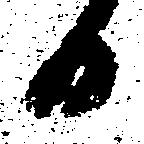
日